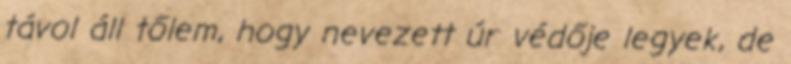
távol áll tőlem, hogy nevezett úr védője legyek, de